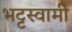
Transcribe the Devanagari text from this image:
भट्टस्वामी